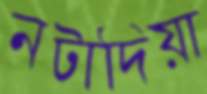
নটাদিয়া